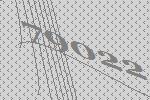
79022